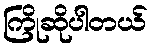
ကြိုဆိုပါတယ်